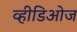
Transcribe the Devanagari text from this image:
व्हीडिओज